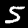
Digit: 5